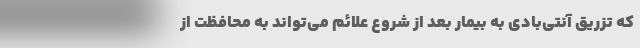
که تزریق آنتی‌بادی به بیمار بعد از شروع علائم می‌تواند به محافظت از